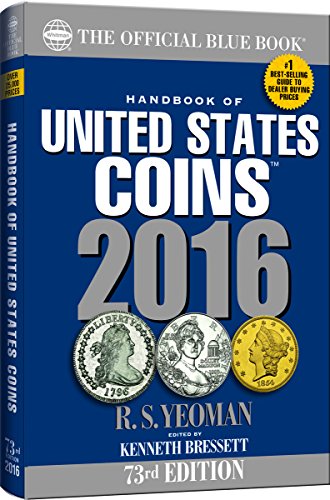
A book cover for Handbook of United States Coins 2016 Paperback (Handbook of United States Coins (Paper)); Kenneth Bressett; Crafts, Hobbies & Home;